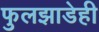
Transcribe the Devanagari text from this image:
फुलझाडेही